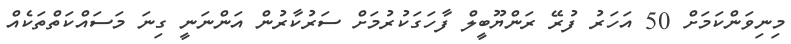
މިނިވަންކަމަށް 50 އަހަރު ފުރޭ ރަންޔޫބީލް ފާހަގަކުރުމަށް ސަރުކާރުން އަންނަނީ ގިނަ މަސައްކަތްތަކެއް